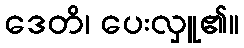
ဒေတိ၊ ပေးလှူ၏။